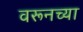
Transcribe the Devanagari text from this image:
वरूनच्या